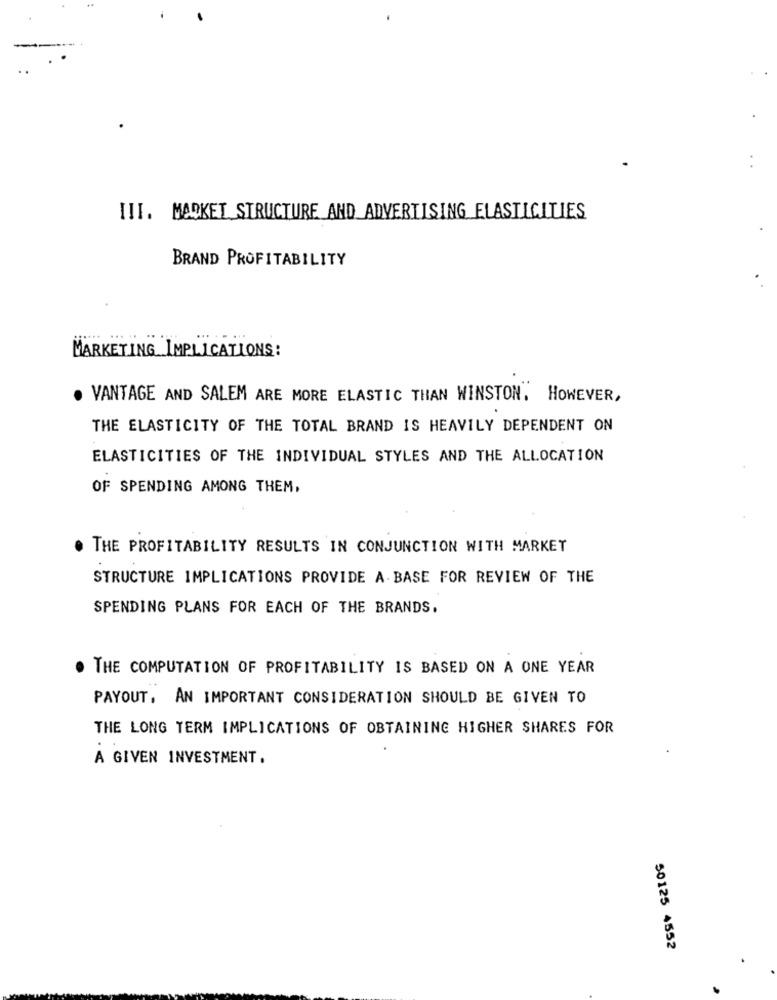
III. MARKET STRUCTURE AND ADVERTISING ELASTICITIES
BRAND PROFITABILITY
MARKETING IMPLICATIONS:
. VANTAGE AND SALEM ARE MORE ELASTIC THAN WINSTON. HOWEVER,
THE ELASTICITY OF THE TOTAL BRAND IS HEAVILY DEPENDENT ON
ELASTICITIES OF THE INDIVIDUAL STYLES AND THE ALLOCATION
OF SPENDING AMONG THEM,
. THE PROFITABILITY RESULTS IN CONJUNCTION WITH MARKET
STRUCTURE IMPLICATIONS PROVIDE A BASE FOR REVIEW OF THE
SPENDING PLANS FOR EACH OF THE BRANDS.
THE COMPUTATION OF PROFITABILITY IS BASED ON A ONE YEAR
PAYOUT, AN IMPORTANT CONSIDERATION SHOULD BE GIVEN TO
THE LONG TERM IMPLICATIONS OF OBTAINING HIGHER SHARES FOR
A GIVEN INVESTMENT.
50125 4552